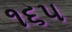
૧૬૫